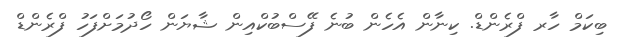
ބިކަމް ހާރ ފްރެންޑް. ކިނާން އެހެން ބުނެ ފޭސްބުކްއިން ޝާޔަން ހޯދުމަށްފަހު ފްރެންޑް